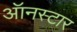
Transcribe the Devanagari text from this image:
ऑनस्टार